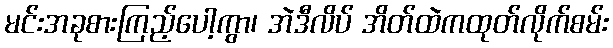
မင်းအခုစားကြည့်ပေါ့ကွာ၊ အဲဒီလိပ် အိတ်ထဲကထုတ်လိုက်စမ်း